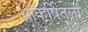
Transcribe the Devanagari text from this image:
आकर्षितला